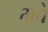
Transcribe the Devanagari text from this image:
भवे